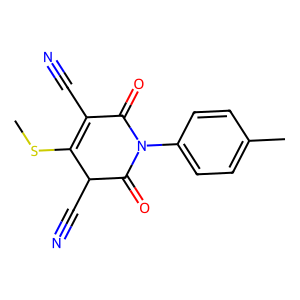
SMILES: CSC1=C(C#N)C(=O)N(c2ccc(C)cc2)C(=O)C1C#N
Inhibits HIV replication: No